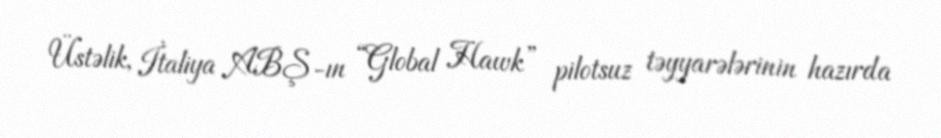
Üstəlik, İtaliya ABŞ-ın “Global Hawk” pilotsuz təyyarələrinin hazırda